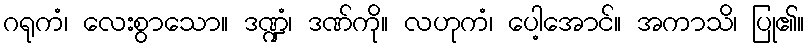
ဂရုကံ၊ လေးစွာသော။ ဒဏ္ဍံ၊ ဒဏ်ကို။ လဟုကံ၊ ပေါ့အောင်။ အကာသိ၊ ပြု၏။